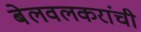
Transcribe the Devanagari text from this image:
बेलवलकरांची